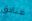
فنادق